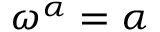
\omega ^ { \alpha } = \alpha